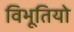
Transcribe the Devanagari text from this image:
विभूतियो